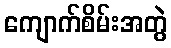
ကျောက်စိမ်းအတွဲ